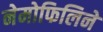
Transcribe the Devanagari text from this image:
नेमोफिलिने